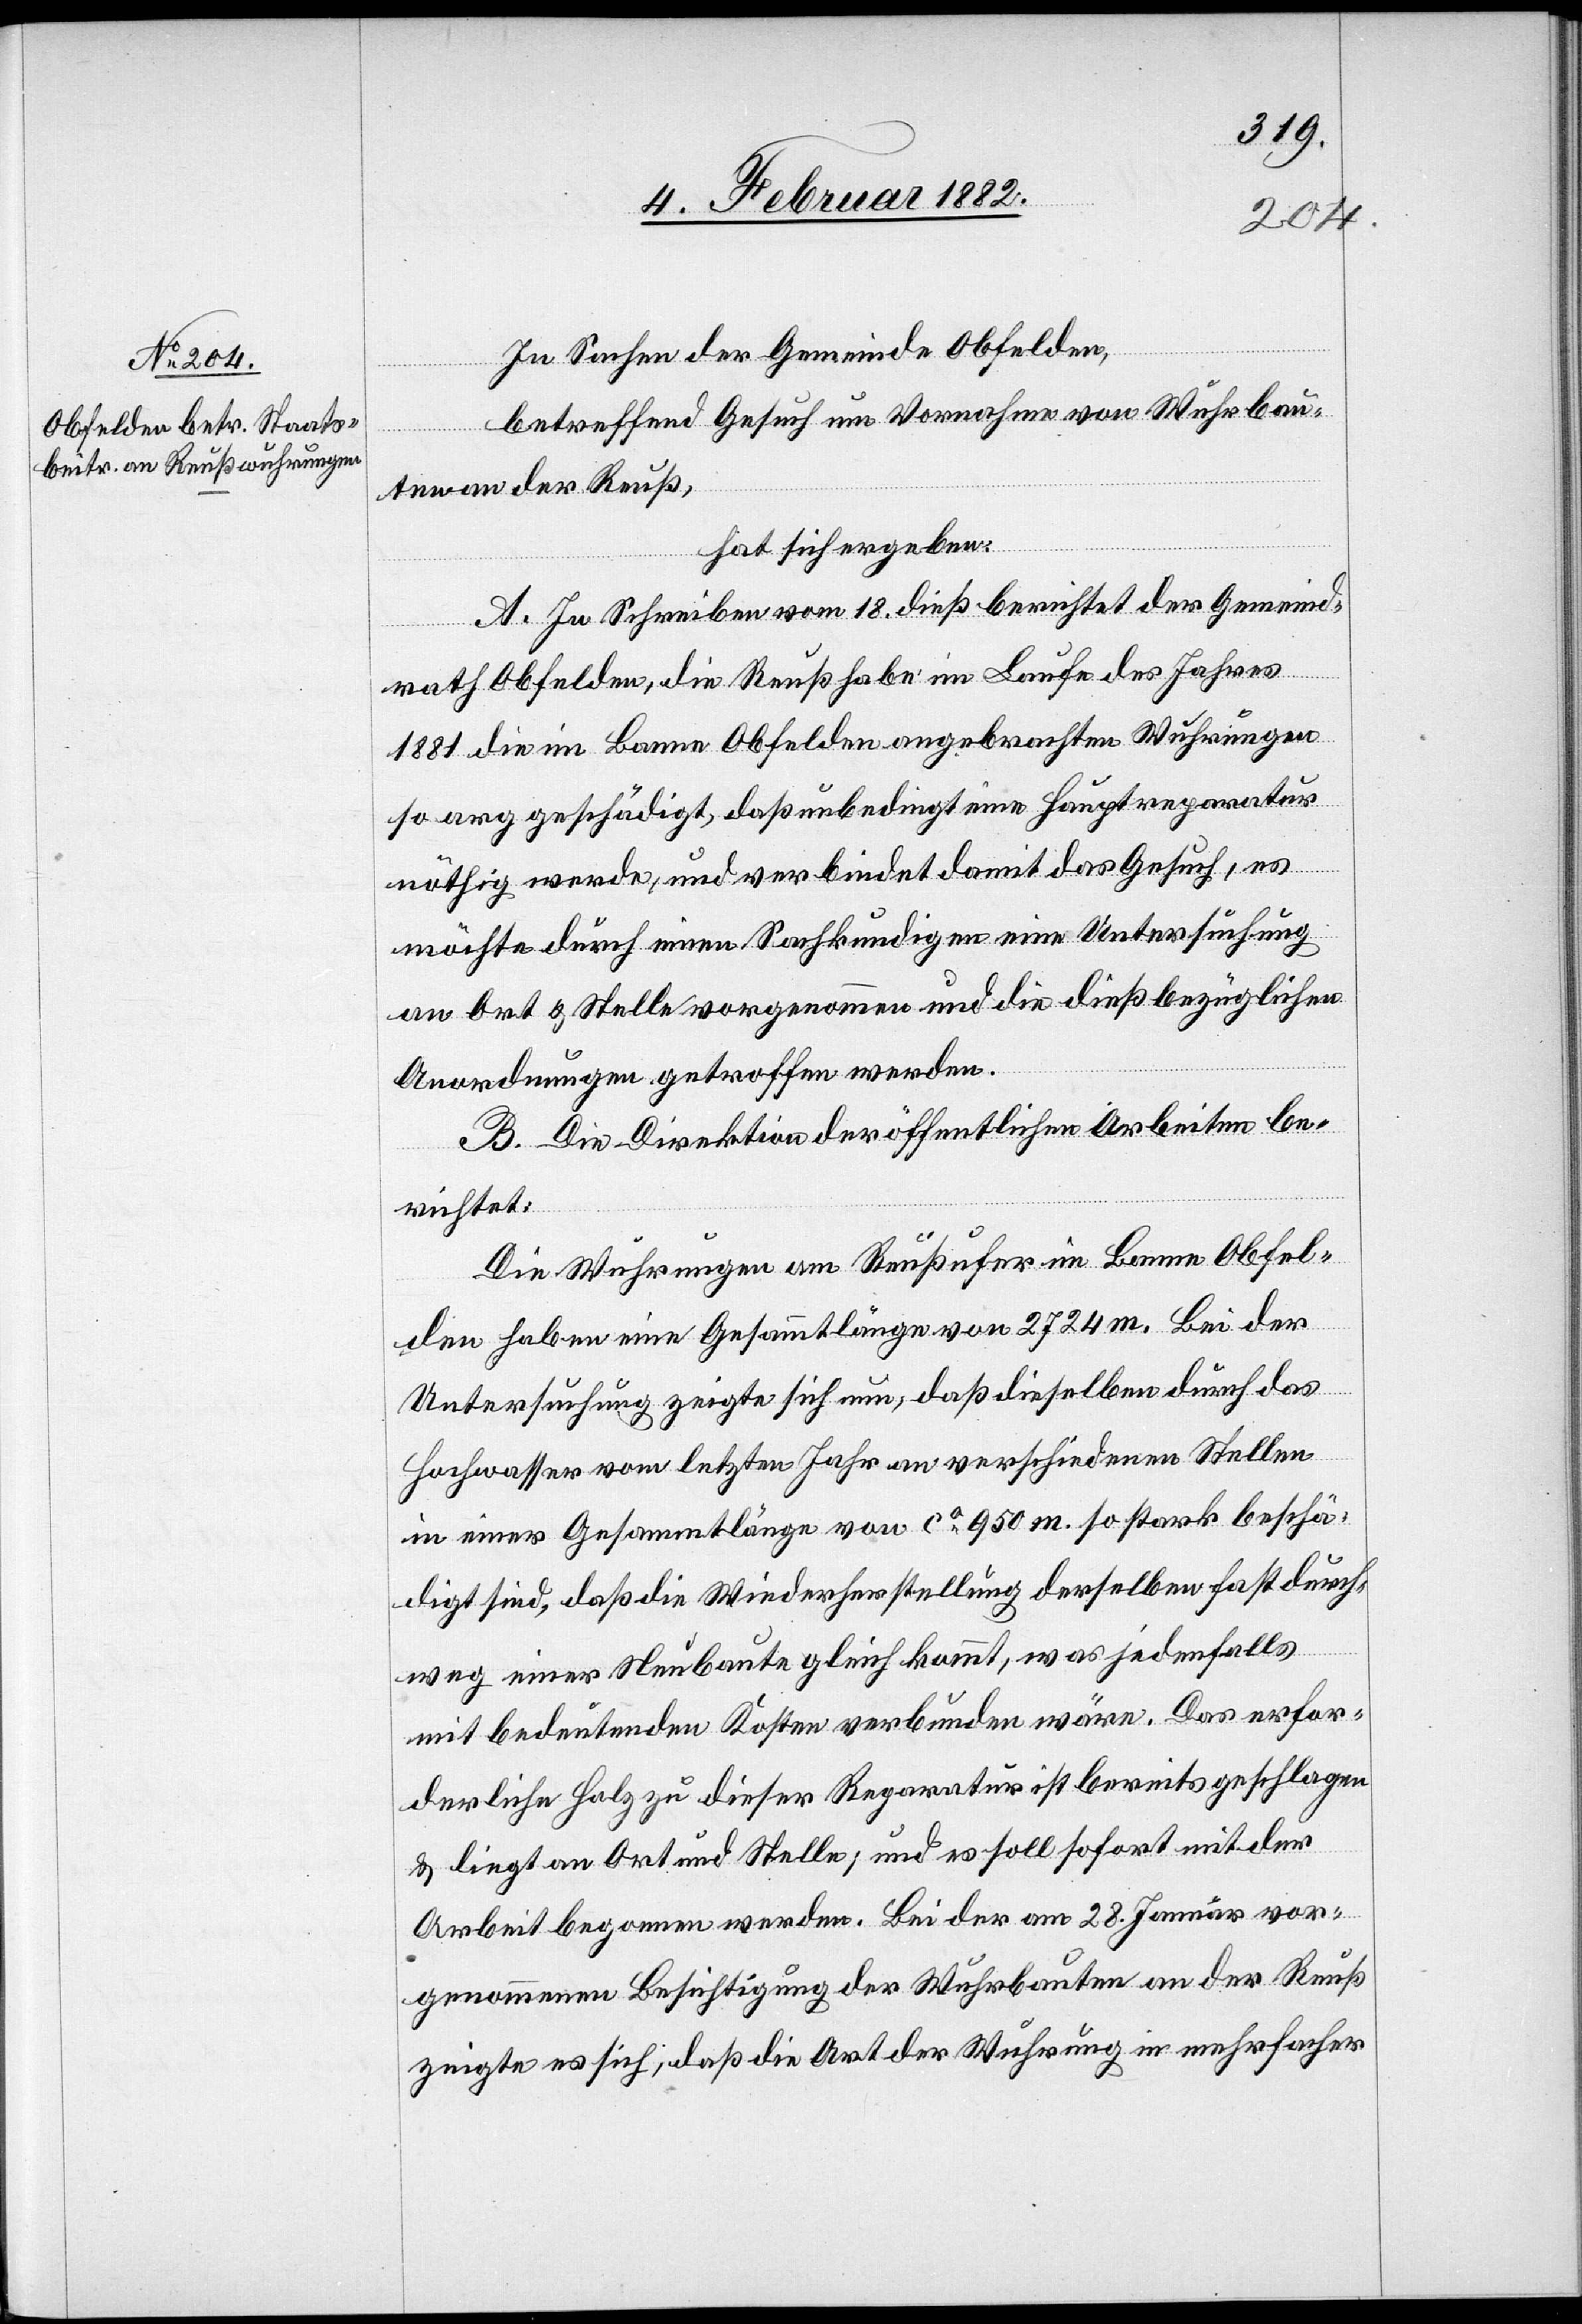
In Sachen der Gemeinde Obfelden,
betreffend Gesuch um Vornahme von Wuhrbau¬
ten an der Reuß,
hat sich ergeben:
A. In Schreiben vom 18 dieß berichtet der Gemeind¬
rath Obfelden, die Reuß habe im Laufe des Jahres
1881 die im Banne Obfelden angebrachten Wuhrungen
so arg geschädigt, daß unbedingt eine Hauptreparatur
nöthig werde, und verbinde damit das Gesuch, es
möchte durch einen Sachkundigen eine Untersuchung
an Ort & Stelle vorgenommen und die dieß bezüglichen
Anordnungen getroffen werden.
B. Die Direktion der öffentlichen Arbeiten be¬
richtet:
Die Wuhrungen am Reußufer im Banne Obfel¬
den haben eine Gesammtlänge von 2724 m. Bei der
Untersuchung zeigte sich nun, daß dieselben durch das
Hochwasser vom letzten Jahr an verschiedenen Stellen
in einer Gesammtlänge von ca 950 m so strak beschä¬
digt sind, daß die Wiederherstellung derselben fast durch¬
weg einer Neubaute gleich kommt, was jedenfalls
mit bedeutenden Kosten verbunden wäre. Das erfor¬
derliche Holz zu dieser Reparatur ist bereits geschlagen
& liegt an Ort und Stelle; und es soll sofort mit der
Arbeit begonnen werden. Bei der am 28. Januar vor¬
genommenen Befestigung der Wuhrbauten an der Reuß
zeigte es sich, daß die Art der Wuhrung in mehrfacher